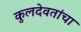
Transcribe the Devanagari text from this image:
कुलदेवतांचा